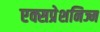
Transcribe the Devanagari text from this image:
एक्सप्रेशनिज्म